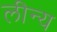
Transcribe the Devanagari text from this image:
लीन्य